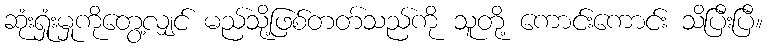
ဆုံးရှုံးမှုကိုတွေ့လျှင် မည်သို့ဖြစ်တတ်သည်ကို သူတို့ ကောင်းကောင်း သိပြီးပြီ။